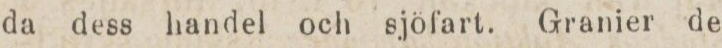
da dess handel och sjöfart. Granier de